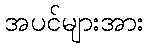
အပင်များအား